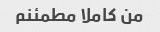
من کاملا مطمئنم